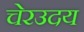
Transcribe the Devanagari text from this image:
चेरउदय